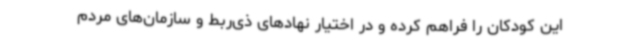
این کودکان را فراهم کرده و در اختیار نهادهای ذی‌ربط و سازمان‌های مردم